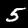
Label: 5